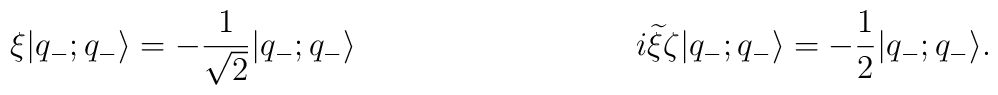
\xi|q_-;q_- \rangle=-\frac{1}{\sqrt{2}}|q_-;q_- \rangle\hspace{1.4in}i{\widetilde \xi}\zeta|q_-;q_- \rangle=-\frac{1}{2}|q_-;q_- \rangle.